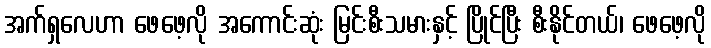
အက်ရှလေဟာ ဖေဖေ့လို အကောင်းဆုံး မြင်းစီးသမားနှင့် ပြိုင်ပြီး စီးနိုင်တယ်၊ ဖေဖေ့လို